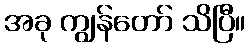
အခု ကျွန်တော် သိပြီ။